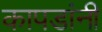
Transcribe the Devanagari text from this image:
कापडांनी